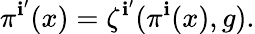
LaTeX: \pi^{\mathbf{i}^{\prime}}(x)=\zeta^{\mathbf{i}^{\prime}}(\pi^{\mathbf{i}}(x),g).